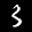
Label: 3